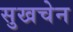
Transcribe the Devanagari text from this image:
सुखचेन